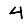
Digit: 4